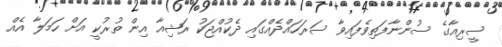
ސީރިއާގެ ސުންނާފަތިވެފައިވާ ސަރަހައްދެއްގައި ދެކުއްޖަކު ރަޝިއާ އިން ތުރުކީ އަށް ހަމަލާ އެއް